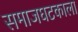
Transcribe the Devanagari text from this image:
समाजघटकाला